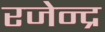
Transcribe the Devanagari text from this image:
रजेन्द्र